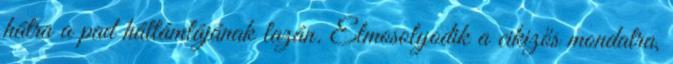
hátra a pad háttámlájának lazán. Elmosolyodik a cikizős mondatra,